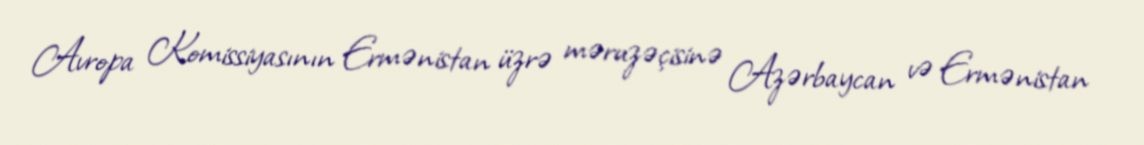
Avropa Komissiyasının Ermənistan üzrə məruzəçisinə Azərbaycan və Ermənistan